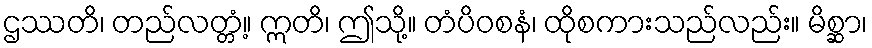
ဌဿတိ၊ တည်လတ္တံ့။ ဣတိ၊ ဤသို့။ တံပိဝစနံ၊ ထိုစကားသည်လည်း။ မိစ္ဆာ၊